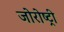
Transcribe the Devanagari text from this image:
जोरोष्ट्री